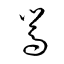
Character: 嵩